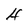
Character: H